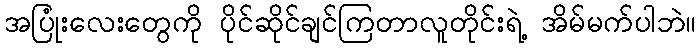
အပြုံးလေးတွေကို ပိုင်ဆိုင်ချင်ကြတာလူတိုင်းရဲ့ အိမ်မက်ပါဘဲ။